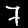
Digit: 7